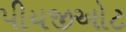
પીયજીઓટ